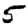
Digit: 5